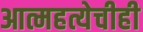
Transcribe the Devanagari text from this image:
आत्महत्येचीही